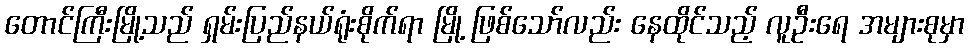
တောင်ကြီးမြို့သည် ရှမ်းပြည်နယ်ရုံးစိုက်ရာ မြို့ ဖြစ်သော်လည်း နေထိုင်သည့် လူဦးရေ အများစုမှာ